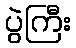
ပွဲကြီး